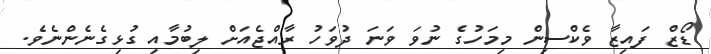
ޑޯޒް ފައިޒާ ވެކްސިން މިމަހުގެ ނުވަ ވަނަ ދުވަހު ރާއްޖެއަށް ލިބުމާއި ގުޅިގެނެންނެވެ.